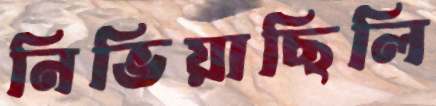
নিভিয়াছিলি